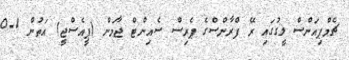
ޗެމްޕިއަންސް ލީގުގައި ރޭ ފްރާންސްގެ ޕެރިސް ސެއިންޓް ޖާމަން (ޕީއެސްޖީ) އަތުން 1-0